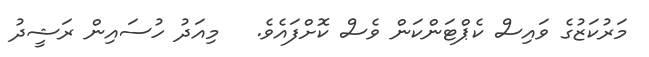
މަރުކަޒުގެ ވައިސް ކެޕްޓަންކަން ވެސް ކޮށްފައެވެ.   މިއަދު ހުސައިން ރަޝީދު